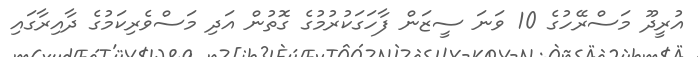
އުރީދޫ މަސްރޭހުގެ 10 ވަނަ ސީޒަން ފާހަގަކުރުމުގެ ގޮތުން އަދި މަސްވެރިކަމުގެ ދާއިރާގައި